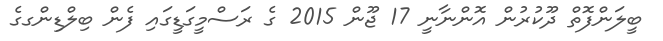
ބީލަންފޮތް ދޫކުރުން އޮންނާނީ 17 ޖޫން 2015 ގެ ރަސްމީގަޑީގައި ފެން ބިލްޑިންގގެ